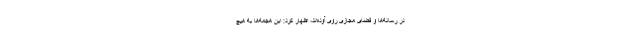
در رسانه‌ها و فضای مجازی روی آوده‌اند، اظهار کرد: این هجمه‌ها به هیچ